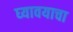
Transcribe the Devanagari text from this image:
घ्‍यावयाचा